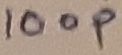
Text: 100p